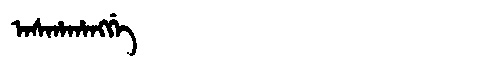
Manchu: ᠠᠰᡥᠠᡥᠠᠩᡤᡝ
Romanization: ASHAHANGGE